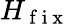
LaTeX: H_{\mathrm{~f~i~x~}}